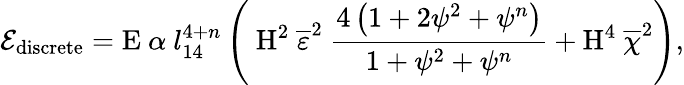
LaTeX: \mathcal{E}_{\textup{discrete}}=\mathrm{E}\ \alpha\ l_{14}^{4+n}\left(\ \textup{H}^{2}\ \overline{{\varepsilon}}^{2}\ \frac{4\left(1+2\psi^{2}+\psi^{n}\right)}{1+\psi^{2}+\psi^{n}}+\textup{H}^{4}\ \overline{{\chi}}^{2}\right),